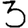
Digit: 3